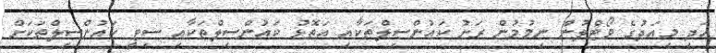
އަދި މިއަދުގެ ވޯޓްލުން ނިމުމުން ރަށު ކައުންސިލްތަކާއި އަތޮޅު ކައުންސިލްތަކާއި ސިޓީ ކައުންސިލްތަކަށް